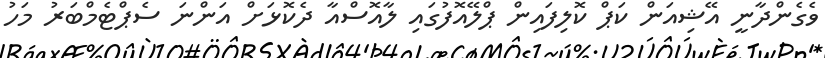
ވެގެންދާނީ އޭޝިއަން ކަޕް ކޮލިފައިން ޕްލޭއޮފުގައި ލާއޮސްއާ ދެކޮޅަށް އަންނަ ސެޕްޓެމްބަރު މަހު